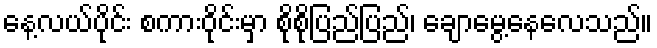
နေ့လယ်ပိုင်း စကားဝိုင်းမှာ စိုစိုပြည်ပြည်၊ ချောမွေ့နေလေသည်။